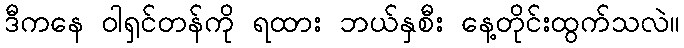
ဒီကနေ ဝါရှင်တန်ကို ရထား ဘယ်နှစီး နေ့တိုင်းထွက်သလဲ။